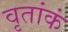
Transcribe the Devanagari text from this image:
वृतांकं